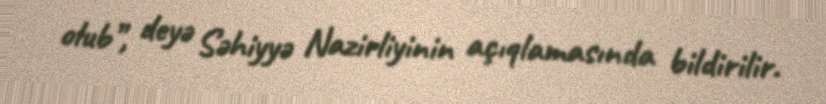
olub”, deyə Səhiyyə Nazirliyinin açıqlamasında bildirilir.